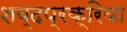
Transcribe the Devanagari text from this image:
शब्दप्रक्रिया